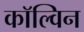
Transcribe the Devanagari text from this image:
काॅल्विन